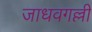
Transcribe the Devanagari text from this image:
जाधवगल्ली